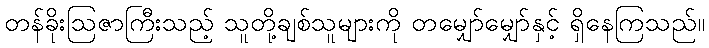
တန်ခိုးဩဇာကြီးသည့် သူတို့ချစ်သူများကို တမျှော်မျှော်နှင့် ရှိနေကြသည်။